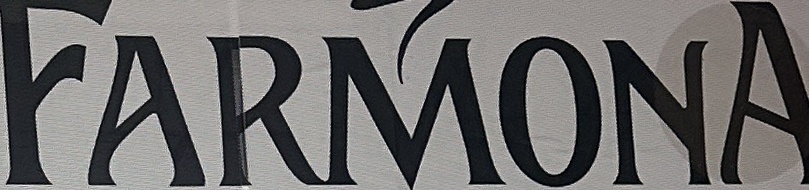
FARMONA